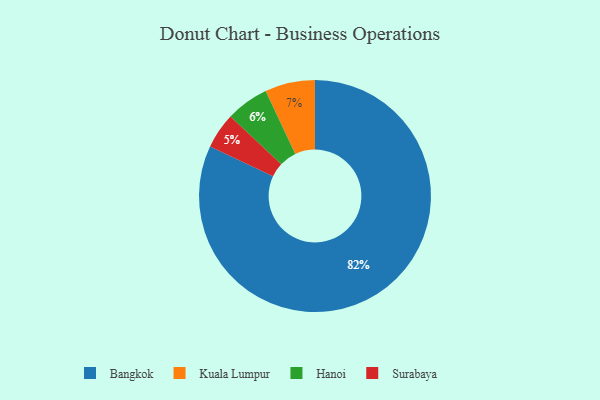
{"axis": {"x": "Category", "y": "Percentage"}, "legend": ["Bangkok", "Hanoi", "Kuala Lumpur", "Surabaya"], "data": [{"x": "Hanoi", "y": 6, "type": "Hanoi"}, {"x": "Bangkok", "y": 82, "type": "Bangkok"}, {"x": "Kuala Lumpur", "y": 7, "type": "Kuala Lumpur"}, {"x": "Surabaya", "y": 5, "type": "Surabaya"}]}